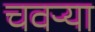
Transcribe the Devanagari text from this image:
चवऱ्या